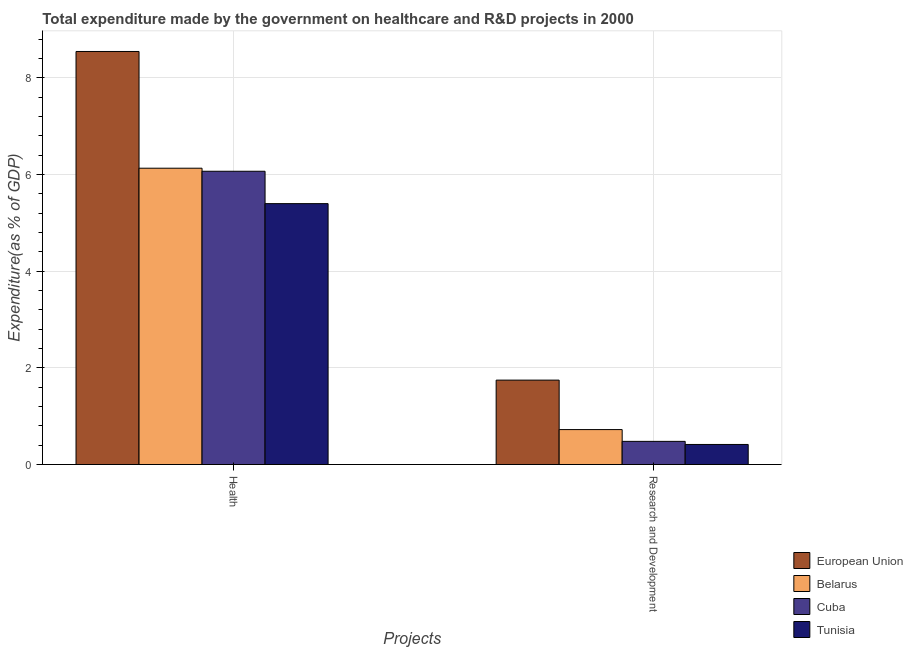
| Projects | European Union | Belarus | Cuba | Tunisia |
 | --- | --- | --- | --- | --- |
 | Health | 8.54 | 6.13 | 6.07 | 5.4 |
 | Research and Development | 1.75 | 0.722 | 0.479 | 0.414 |